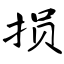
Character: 损